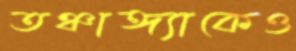
তঞ্চাঙ্গ্যাকেও